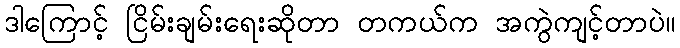
ဒါကြောင့် ငြိမ်းချမ်းရေးဆိုတာ တကယ်က အကွဲကျင့်တာပဲ။